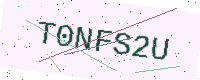
Text: T0NFS2U